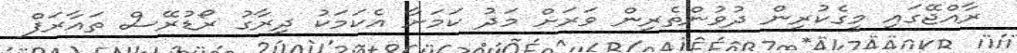
ރާއްޖޭގައި މީގެކުރިން ދުވުންތެރިން ވަރަށް މަދު ކަމަށާ އެކަމަކު ދިރާގު ރޯޑުރޭސް ތައާރަފް